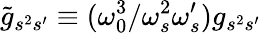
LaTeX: \tilde{g}_{s^{2}s^{\prime}}\equiv(\omega_{0}^{3}/\omega_{s}^{2}\omega_{s}^{\prime})g_{s^{2}s^{\prime}}